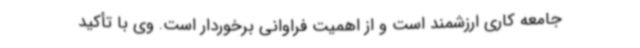
جامعه کاری ارزشمند است و از اهمیت فراوانی برخوردار است. وی با تأکید